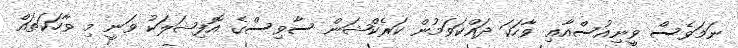
ނަމަވެސް ވީނިއުސްއާޢި ވާހަކަ ދައްކަވަމުން ކަރެކްޝަން ސާވިސްގެ އޮފިޝަލަކު ވަނީ މި ވާހަކަތައް